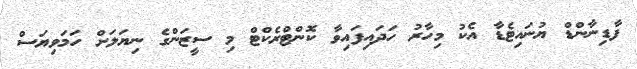
ފާޑިނާންޑް ޔުނައިޓެޑާ އެކު މިހާރު ހަދައިފައިވާ ކޮންޓްރެކްޓް މި ސީޒަންގެ ނިޔަލަށް ހަމަވިޔަސް